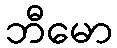
ဘီမော